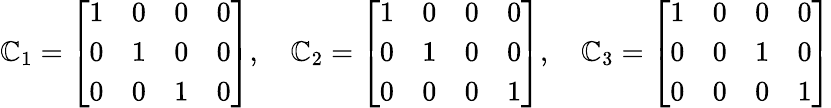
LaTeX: \mathbb{C}_{1}=\left[\begin{array}{llll}{1}&{0}&{0}&{0}\\ {0}&{1}&{0}&{0}\\ {0}&{0}&{1}&{0}\end{array}\right],\quad\mathbb{C}_{2}=\left[\begin{array}{llll}{1}&{0}&{0}&{0}\\ {0}&{1}&{0}&{0}\\ {0}&{0}&{0}&{1}\end{array}\right],\quad\mathbb{C}_{3}=\left[\begin{array}{llll}{1}&{0}&{0}&{0}\\ {0}&{0}&{1}&{0}\\ {0}&{0}&{0}&{1}\end{array}\right]